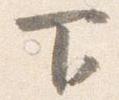
下